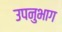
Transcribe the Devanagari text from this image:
उपनुभाग